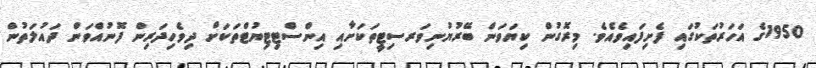
1950ގެ އަހަރުތަކުގައި ފެށިފައިވެއެވެ. މިރޮގުން ކިޔަވަން ބޭރުޔުނިވަރސިޓީތަކަށާއި އިންސްޓިޓިޔުޓްތަކަށް ދިވެހިދަރިން ފޮނުއްވަން ދައުލަތުން